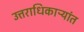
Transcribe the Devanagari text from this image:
उत्तराधिकाऱ्यांत